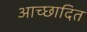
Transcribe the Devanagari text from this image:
आच्‍छादित